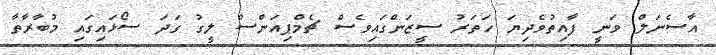
އާސެނަލް ވަނީ ފާއިތުވެދިޔަ ހަތަރު ސީޒަންގައިވެސް ޗެމްޕިއަންސް ލީގު ގަދަ ސޯޅައިގައި މުބާރާތާ